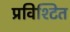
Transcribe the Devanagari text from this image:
प्रविश्टित